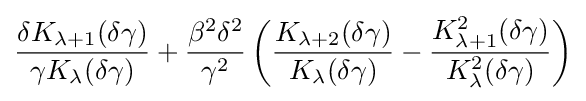
{\frac {\delta K_{\lambda +1}(\delta \gamma )}{\gamma K_{\lambda }(\delta \gamma )}}+{\frac {\beta ^{2}\delta ^{2}}{\gamma ^{2}}}\left({\frac {K_{\lambda +2}(\delta \gamma )}{K_{\lambda }(\delta \gamma )}}-{\frac {K_{\lambda +1}^{2}(\delta \gamma )}{K_{\lambda }^{2}(\delta \gamma )}}\right)